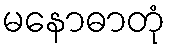
မနောဓာတုံ